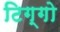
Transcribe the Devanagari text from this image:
टिग्गो